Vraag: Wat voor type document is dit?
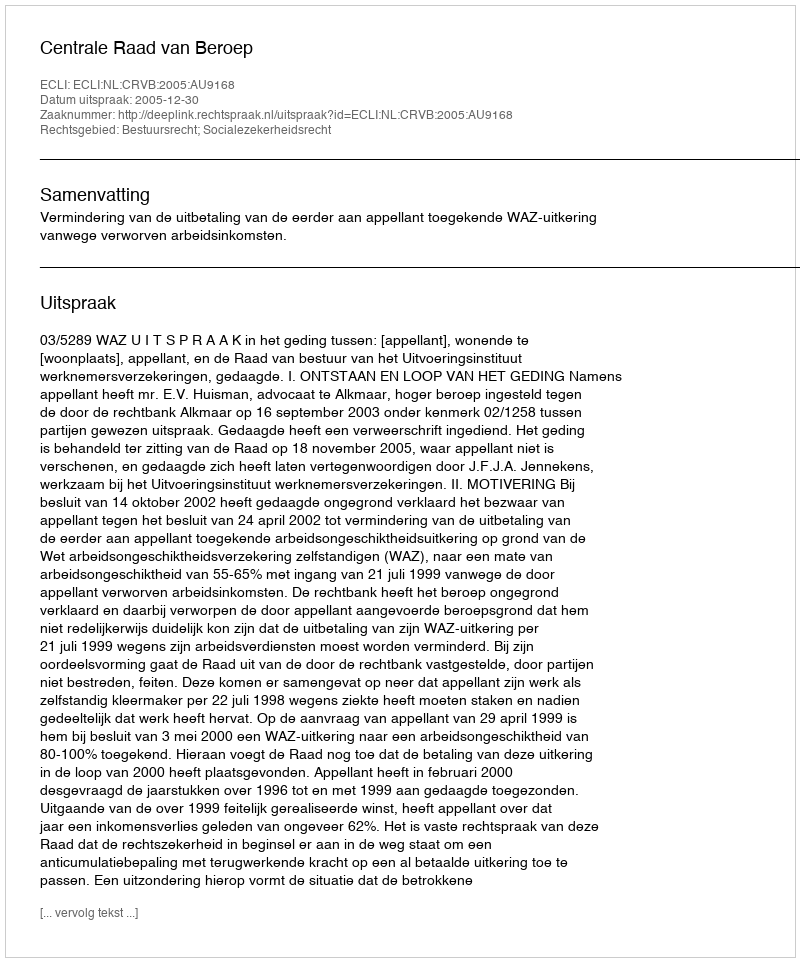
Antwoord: Uitspraak